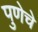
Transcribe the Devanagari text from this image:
पुणेचे